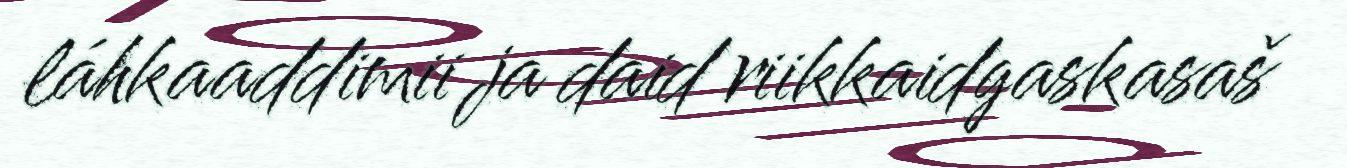
láhkaaddimii ja daid riikkaidgaskasaš